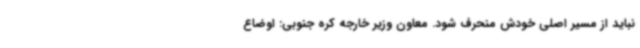
نباید از مسیر اصلی خودش منحرف شود. معاون وزیر خارجه کره جنوبی: اوضاع